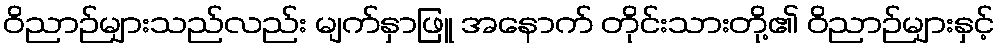
ဝိညာဉ်များသည်လည်း မျက်နှာဖြူ အနောက် တိုင်းသားတို့၏ ဝိညာဉ်များနှင့်